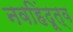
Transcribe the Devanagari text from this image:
नवहिंदूत्व